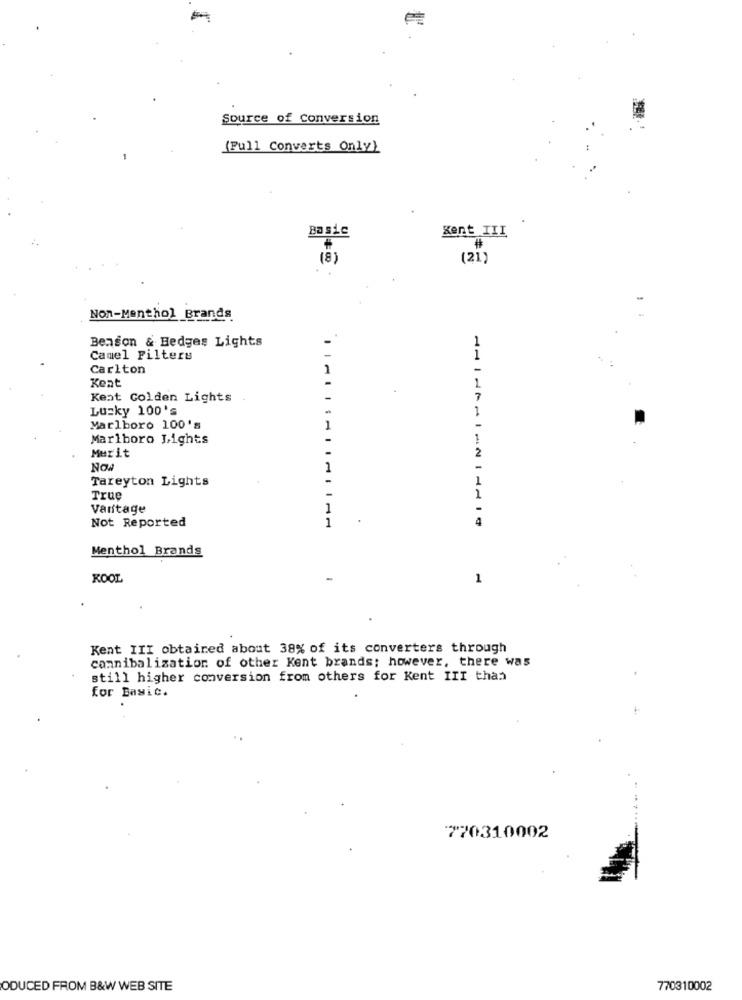
Source of Conversion
(Full Converts Only)
Basic
Kent III
#
(8)
(21)
Non-Menthol Brands
Benson & Hedges Lights
Camel Filters
1
Carlton
Keat
Kent Golden Lights
Lucky 100's
Marlboro 100's
Marlboro Lights
Merit
Now
Tareyton Lights
True
1
Vantage
Not Reported
11
4
Menthol Brands
KOOL
1
Kent III obtained about 38% of its converters through
cannibalization of other Kent brands; however, there was
still higher conversion from others for Kent III than
for Basic.
770310002
ODUCED FROM B&W WEB SITE
770310002